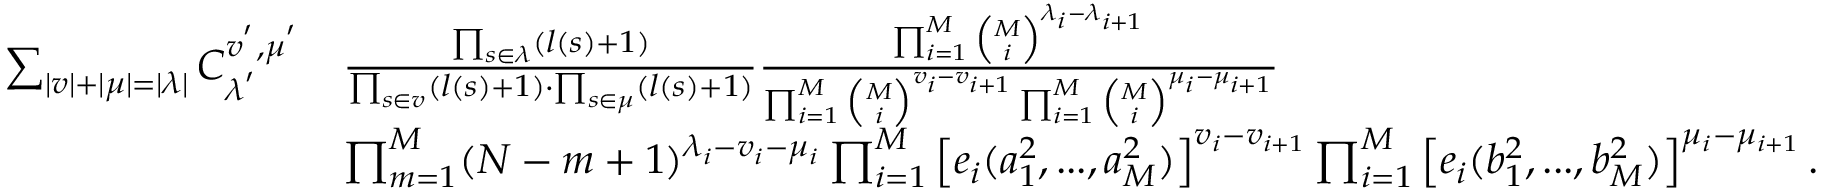
\begin{array} { r l } { \sum _ { | v | + | \mu | = | \lambda | } C _ { \lambda ^ { ' } } ^ { v ^ { ' } , \mu ^ { ' } } } & { \frac { \prod _ { s \in \lambda } ( l ( s ) + 1 ) } { \prod _ { s \in v } ( l ( s ) + 1 ) \cdot \prod _ { s \in \mu } ( l ( s ) + 1 ) } \frac { \prod _ { i = 1 } ^ { M } \binom { M } { i } ^ { \lambda _ { i } - \lambda _ { i + 1 } } } { \prod _ { i = 1 } ^ { M } \binom { M } { i } ^ { v _ { i } - v _ { i + 1 } } \prod _ { i = 1 } ^ { M } \binom { M } { i } ^ { \mu _ { i } - \mu _ { i + 1 } } } } \\ & { \prod _ { m = 1 } ^ { M } ( N - m + 1 ) ^ { \lambda _ { i } - v _ { i } - \mu _ { i } } \prod _ { i = 1 } ^ { M } \left[ e _ { i } ( a _ { 1 } ^ { 2 } , . . . , a _ { M } ^ { 2 } ) \right] ^ { v _ { i } - v _ { i + 1 } } \prod _ { i = 1 } ^ { M } \left[ e _ { i } ( b _ { 1 } ^ { 2 } , . . . , b _ { M } ^ { 2 } ) \right] ^ { \mu _ { i } - \mu _ { i + 1 } } . } \end{array}